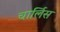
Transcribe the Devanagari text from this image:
चार्लिस